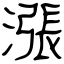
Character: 漲